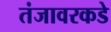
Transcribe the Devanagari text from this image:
तंजावरकडे